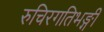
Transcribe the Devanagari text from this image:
रुचिरगतिभङ्गी